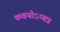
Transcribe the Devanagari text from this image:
कवयोऽप्यत्र